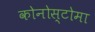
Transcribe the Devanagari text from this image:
कोनोस्टोमा